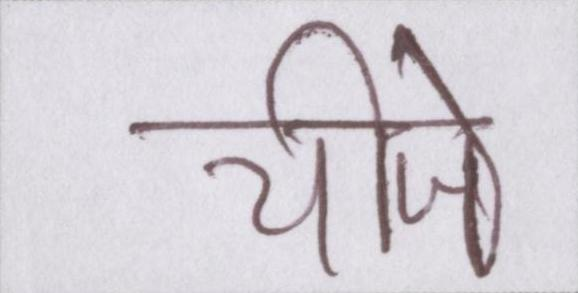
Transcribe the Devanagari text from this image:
चीजे